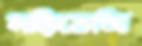
নড়িতেছি